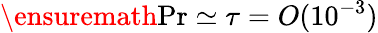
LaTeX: \ensuremath{\mathrm{Pr}}\simeq\tau=O(10^{-3})